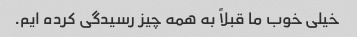
خیلی خوب ما قبلاً به همه چیز رسیدگی کرده ایم.